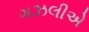
ગઝલીએ